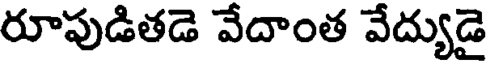
రూపుడితడె వేదాంత వేద్యుడై